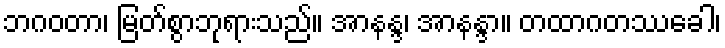
ဘဂဝတာ၊ မြတ်စွာဘုရားသည်။ အာနန္ဒ၊ အာနန္ဒာ။ တထာဂတဿခေါ၊